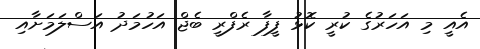
އެއީ މި އަހަރުގެ ކުރީ ކޮޅު ފީފާ ރެފްރީ ބެޖް އަހުމަދު އަސްލަމަށާއި